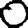
Digit: 0